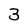
Character: 3